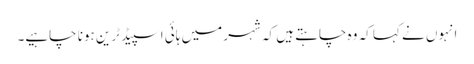
انہوں نے کہا کہ وہ چاہتے ہیں کہ شہر میں ہائی اسپیڈ ٹرین ہونا چاہیے۔